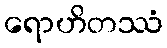
ရောဟိတဿံ